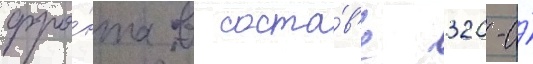
фро́нта в соста́в'е 320-и́